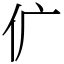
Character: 𠆲